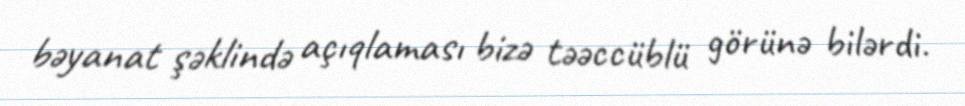
bəyanat şəklində açıqlaması bizə təəccüblü görünə bilərdi.